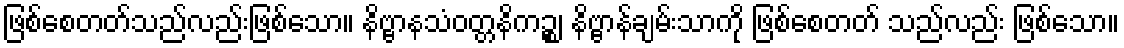
ဖြစ်စေတတ်သည်လည်းဖြစ်သော။ နိဗ္ဗာနသံဝတ္တနိကဉ္စ၊ နိဗ္ဗာန်ချမ်းသာကို ဖြစ်စေတတ် သည်လည်း ဖြစ်သော။